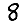
Digit: 8